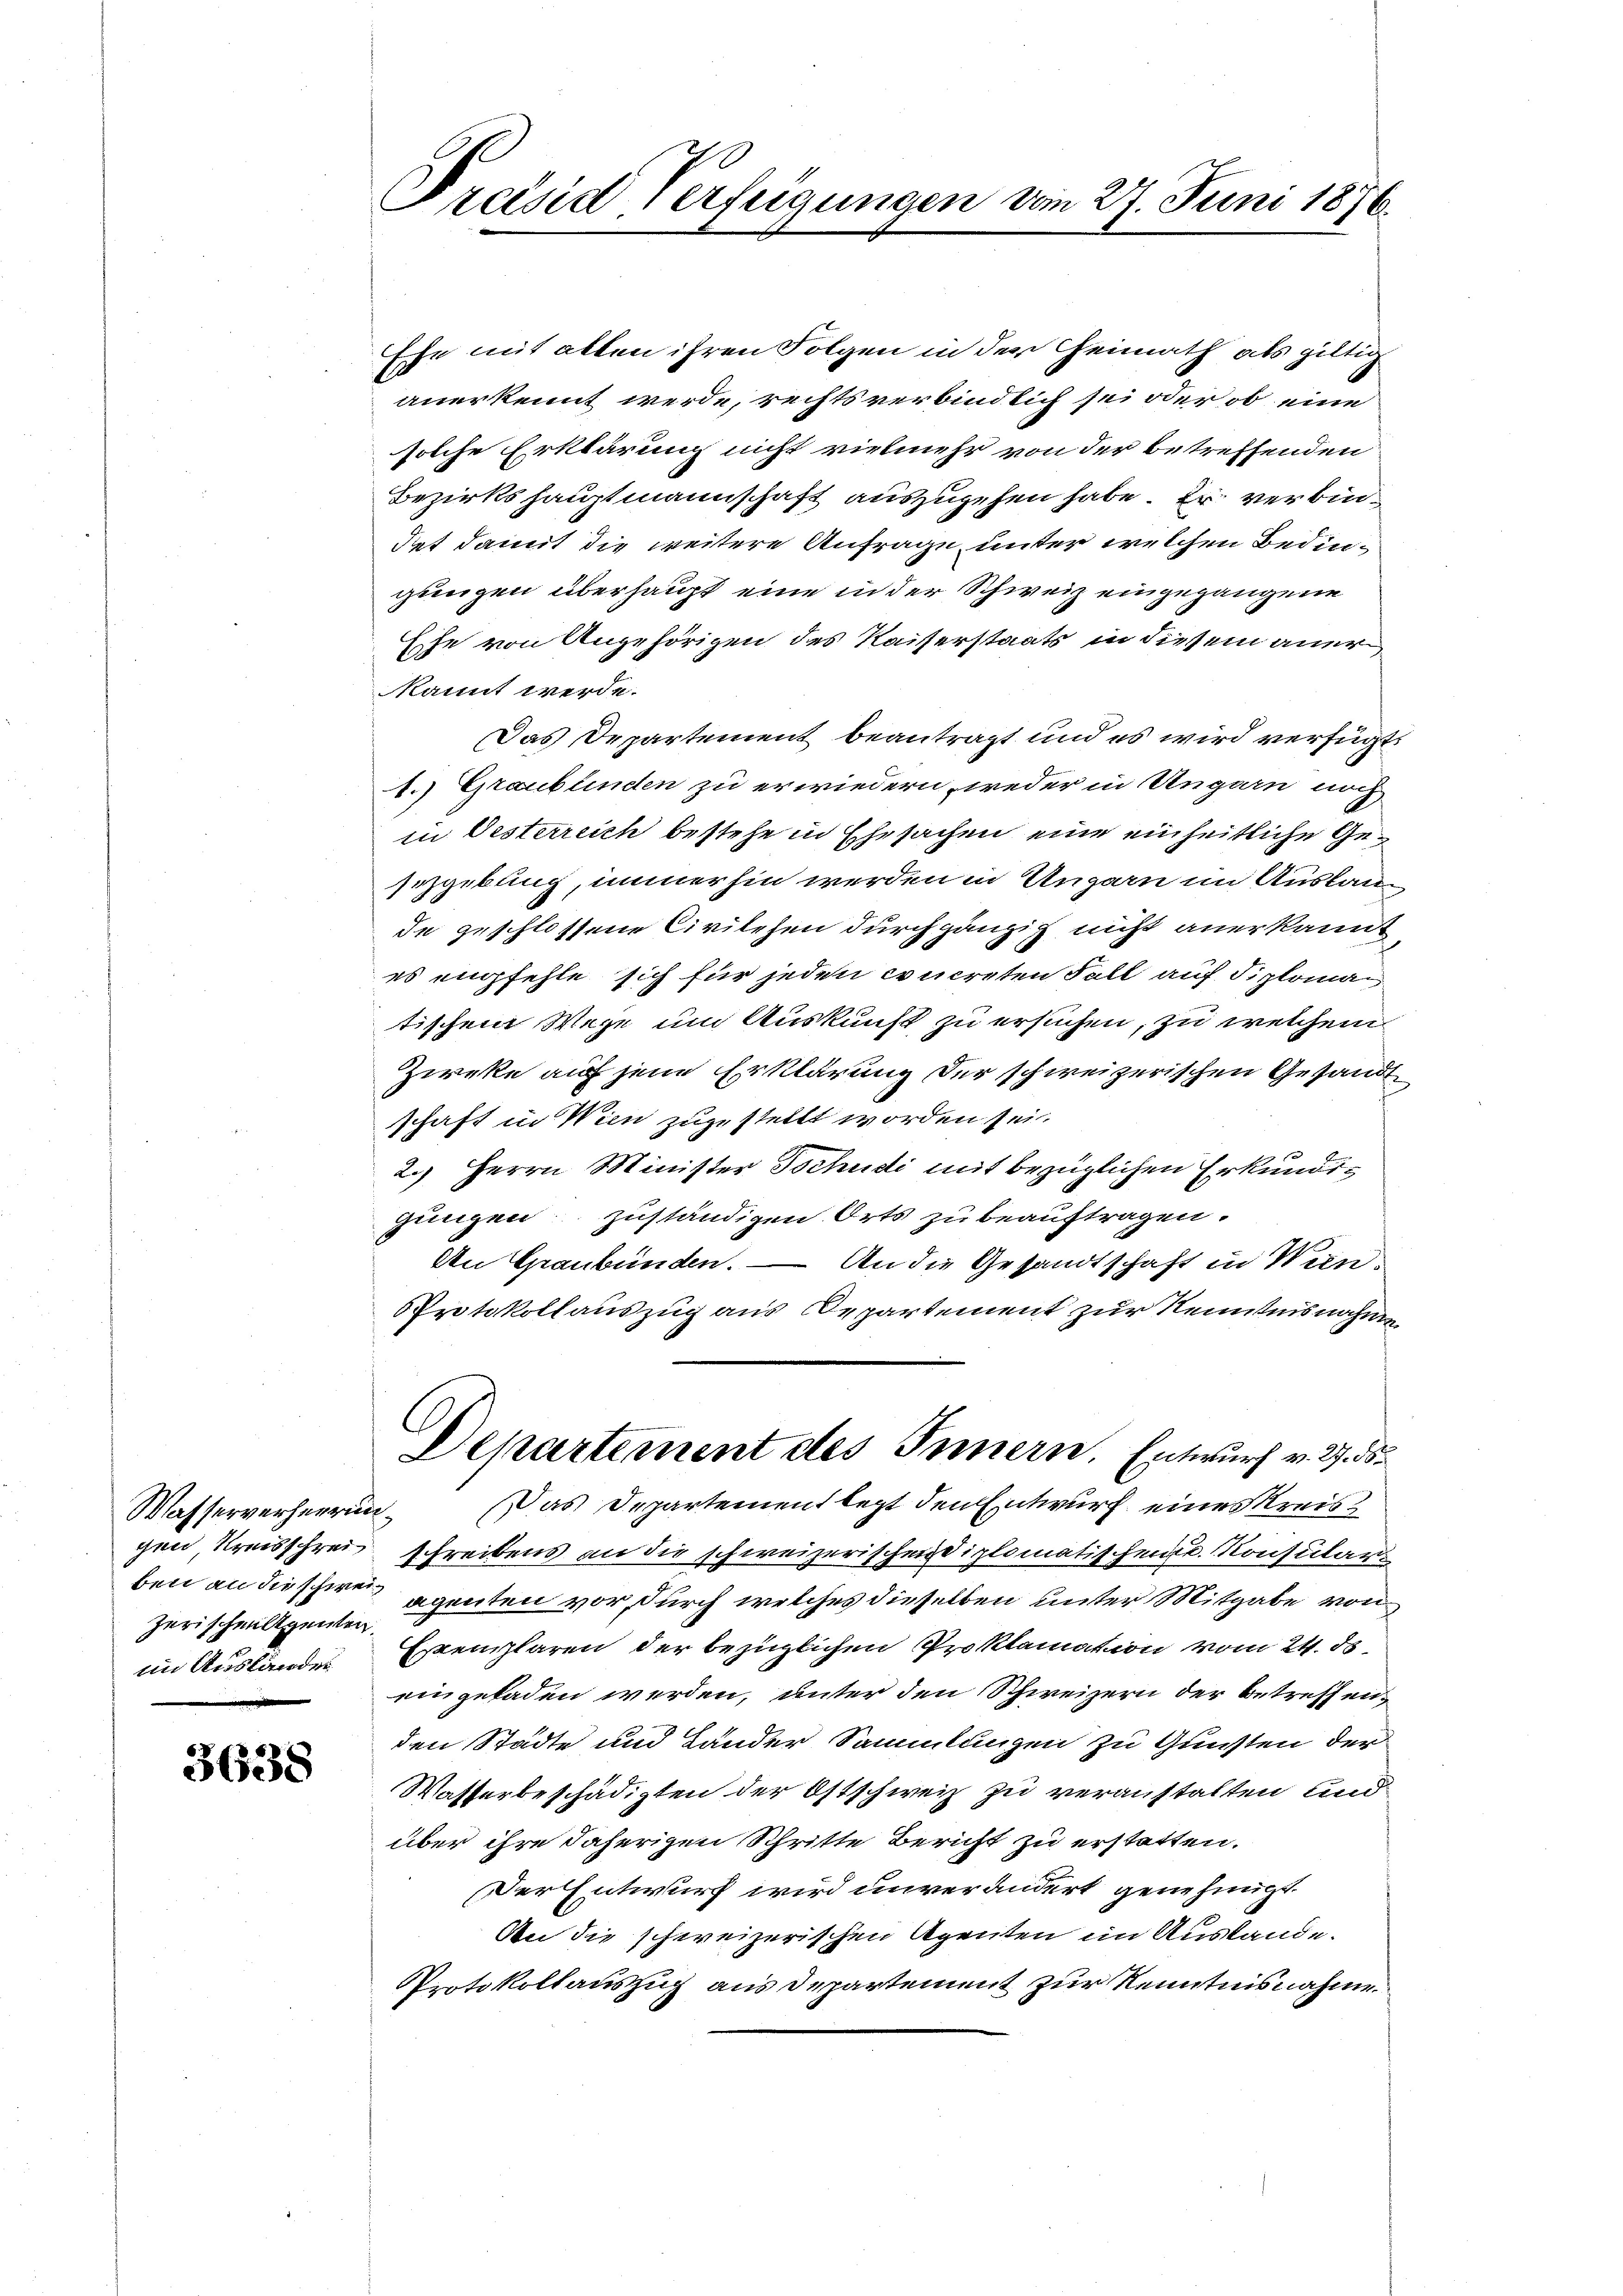
Wasserverherrunzerischen Agenten.
im Ausländer

3638

Présid Verfügungen vom 27. Juni 1876.

Ehe mit allen ihren Folgen in der Heimath als giltig
anerkennt werde, rechts verbindlich sei oder ob eine
solche Erklärung nicht vielmehr von der betreffenden
Bezirkshauptmannschaft auszugehen habe. Er verbindet damit die weitere Anfrage unter welchen Bedinglingen überhaupt eine in der Schweiz eingegangene
Ehe von Angehörigen des Kaiserstaats in diesem aner
kannt werde.
Das Departement beantragt und es wird verfügt:
1.) Graublinden zu erwiedern, weder in Ungarn noch
in Oesterreich bestehe in Ehesachen eine einheitliche Gesizgebung, immerhin werden in Ungarn im Auskau
de geschlossene Civilehen durch gänzig nicht anerkannt
es empfehle sich für jeden concreten Fall auf diploma
tischem Wege um Auskunft zu ersuchen, zu welchem
Zieke auf jene Erklärung der schweizerischen Gesandtschaft in Wien zuzustellt worden sei.
2.) Herrn Minister Tschudi mit bezüglichen Erkundigungen zuständigen Orts zu beauftragen.
An Graubünden. — An die Gesandtschaft in Wien
Protokollauszug aus Departement zur Kenntnisnahmen
Departement des Innern. Entwurf v. 2. 55
Das Departement legt den Entwurf eines Kreisgen Kreisschrei schreibens an die schweizerischen Diplomatischen u. Konsular
ben an dieschien agenten vor, durch welches dieselben unter Mitgabe von
Exemplaren der bezüglichen Proklamation vom 24. ds.
eingeladen werden, unter den Schweizern der betreffenden Städte und Lander Sammlungen zu Gunsten der
Wasserbeschädigten der Ostschweiz zu veranstalten und
über ihre daherigen Schritte Bericht zu erstatten.
Der Entwurf wird unverändert genehmigt.
An die schweizerischen Agenten im Auslande.
Protokollauszug aus Departement zur Kenntnisnahme